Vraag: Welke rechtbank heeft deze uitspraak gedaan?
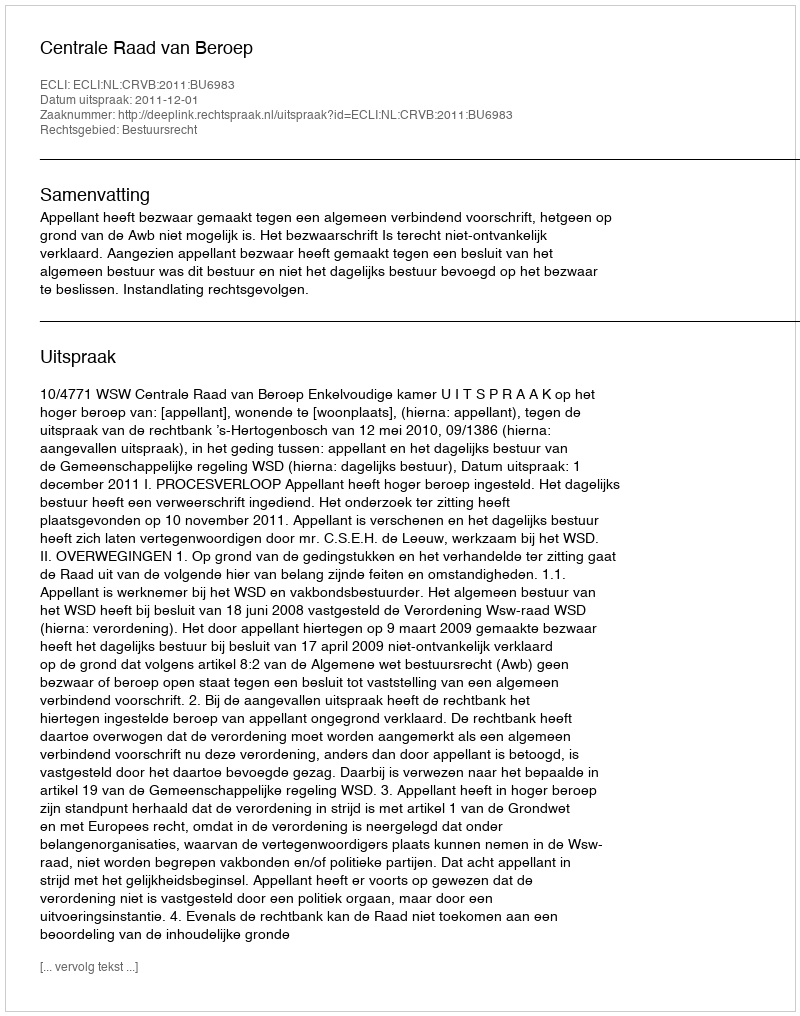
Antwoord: Centrale Raad van Beroep